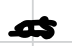
Text: as
Cross-out: double-line
Writing tool: digital_black